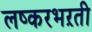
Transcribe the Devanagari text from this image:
लष्करभऱती